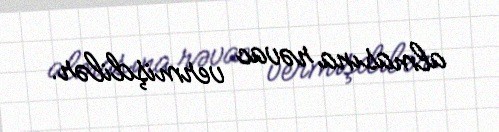
almasına rəvac vermişdilər.